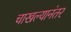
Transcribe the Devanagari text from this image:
चाखल्यानंतर